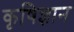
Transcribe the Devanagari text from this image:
कृषिज्ञान